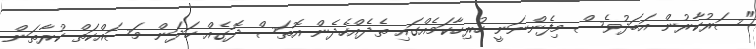
"ސަރުކާރުން އަބަދުވެސް މިފެންނަނީ ހުރިހާކަމެއްގައި ތެދެއްހެދެން އޮތަސް ދޮގެއް ހަދަން މަސައްކަތް ކުރާތަން